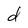
Character: d